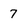
Character: 7